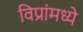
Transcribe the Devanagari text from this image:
विप्रांमध्ये